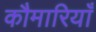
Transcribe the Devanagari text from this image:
कौमारियाँ